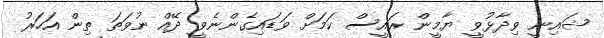
ޝައިނީ ވިދާޅުވީ ޔާމީން ރައީސް ކަމަށް ވަޑައިގެންނެވީ ދޭއް ނުވަތަ ތިން އަހަރު